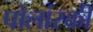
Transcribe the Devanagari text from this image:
पोलांस्की